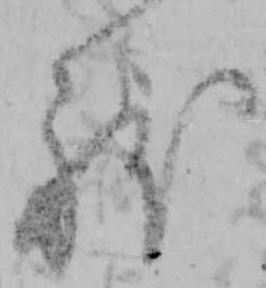
躰